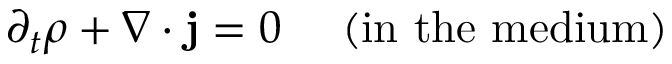
\partial _ { t } \rho + \nabla \cdot \mathbf { j } = 0 \ \ \ \ \mathrm { ( i n \ t h e \ m e d i u m ) }